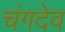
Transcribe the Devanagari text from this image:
चंगदेव